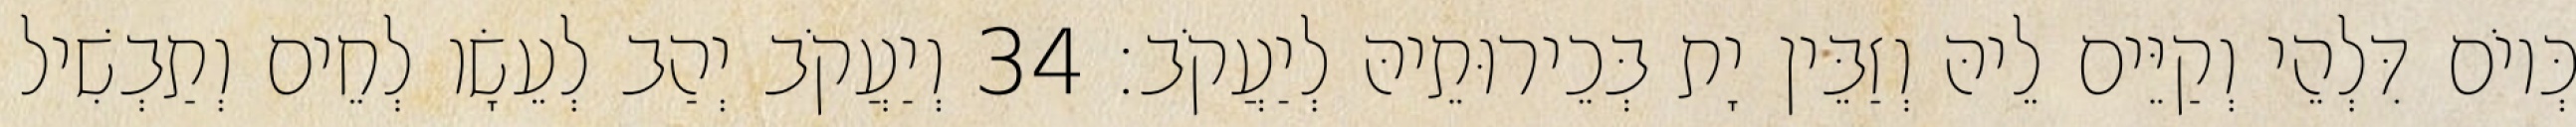
כְּיוֹם דִּלְהֵי וְקַיֵּים לֵיהּ וְזַבֵּין יָת בְּכֵירוּתֵיהּ לְיַעֲקֹב׃ 34 וְיַעֲקֹב יְהַב לְעֵשָׂו לְחֵים וְתַבְשִׁיל